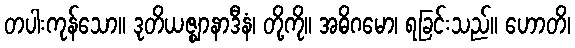
တပါးကုန်သော။ ဒုတိယဇ္ဈာနာဒီနံ၊ တို့ကို။ အဓိဂမော၊ ရခြင်းသည်။ ဟောတိ၊